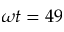
\omega t = 4 9